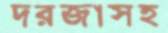
দরজাসহ